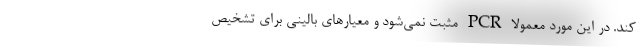
کند. در این مورد معمولا PCR مثبت نمی‌شود و معیارهای بالینی برای تشخیص